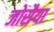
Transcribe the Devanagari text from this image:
जोसैया